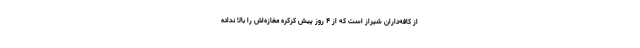
از کافه‌داران شیراز است که از ۴ روز پیش کرکره مغازه‌اش را بالا نداده